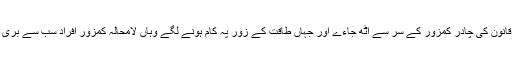
وہ ممالک جہاں قانون کی چادر کمزور کے سر سے اٹھ جاءے اور جہاں طاقت کے زور پہ کام ہونے لگے وہاں لامحالہ کمزور افراد سب سے بری طرح پستے ہیں۔